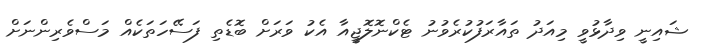
ޝައިނީ ވިދާޅުވީ މިއަދު ތައާރަފުކުރެވުނު ޓެކްނޮލޮޖީއާ އެކު ވަރަށް ބޮޑެތި ފަސޭހަތަކެއް މަސްވެރިންނަށް